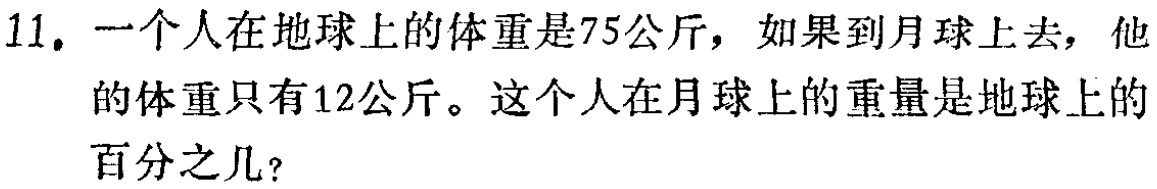
11. 一个人在地球上的体重是75公斤，如果到月球上去，他的体重只有12公斤。这个人在月球上的重量是地球上的百分之几？